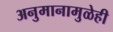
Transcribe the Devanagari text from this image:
अनुमानामुळेही